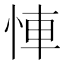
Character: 𢚷